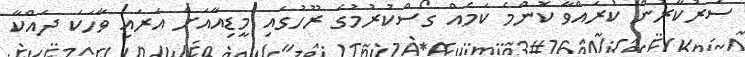
ސަރުކާރުން ކުރައްވާ ކޮންމެ ކަމެއް ގޯސްކުރުމުގެ ރޫހުގައި މީޑިއާއަށް އަރައި ވާހަކަ ދައްކާ